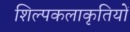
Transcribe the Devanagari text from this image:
शिल्पकलाकृतियों